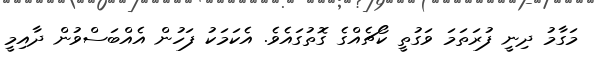
މަގާމު ދިނީ ފުރަތަމަ ވަގުތީ ކޯޗެއްގެ ގޮތުގައެވެ. އެކަމަކު ފަހުން އެއްބަސްވުން ދާއިމީ